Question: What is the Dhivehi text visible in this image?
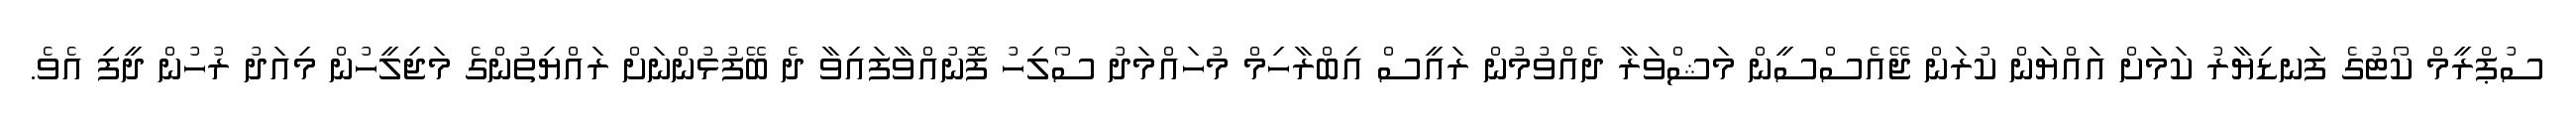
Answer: ސުޕްރީމް ކޯޓުގެ ފަނޑިޔާރު ކަމަށް އައްޔަން ކުރަން ޖޭއެސްސީން މަޝްވަރާ ދެއްވުމުން ރައީސް އިބްރާހިމް މުހައްމަދު ސޯލިހު ފޮނުއްވާފައިވާ ދެ ބޭފުޅުންނަށް ރައްޔިތުންގެ މަޖިލީހުން މިއަދު ރުހުން ދީފި އެވެ.